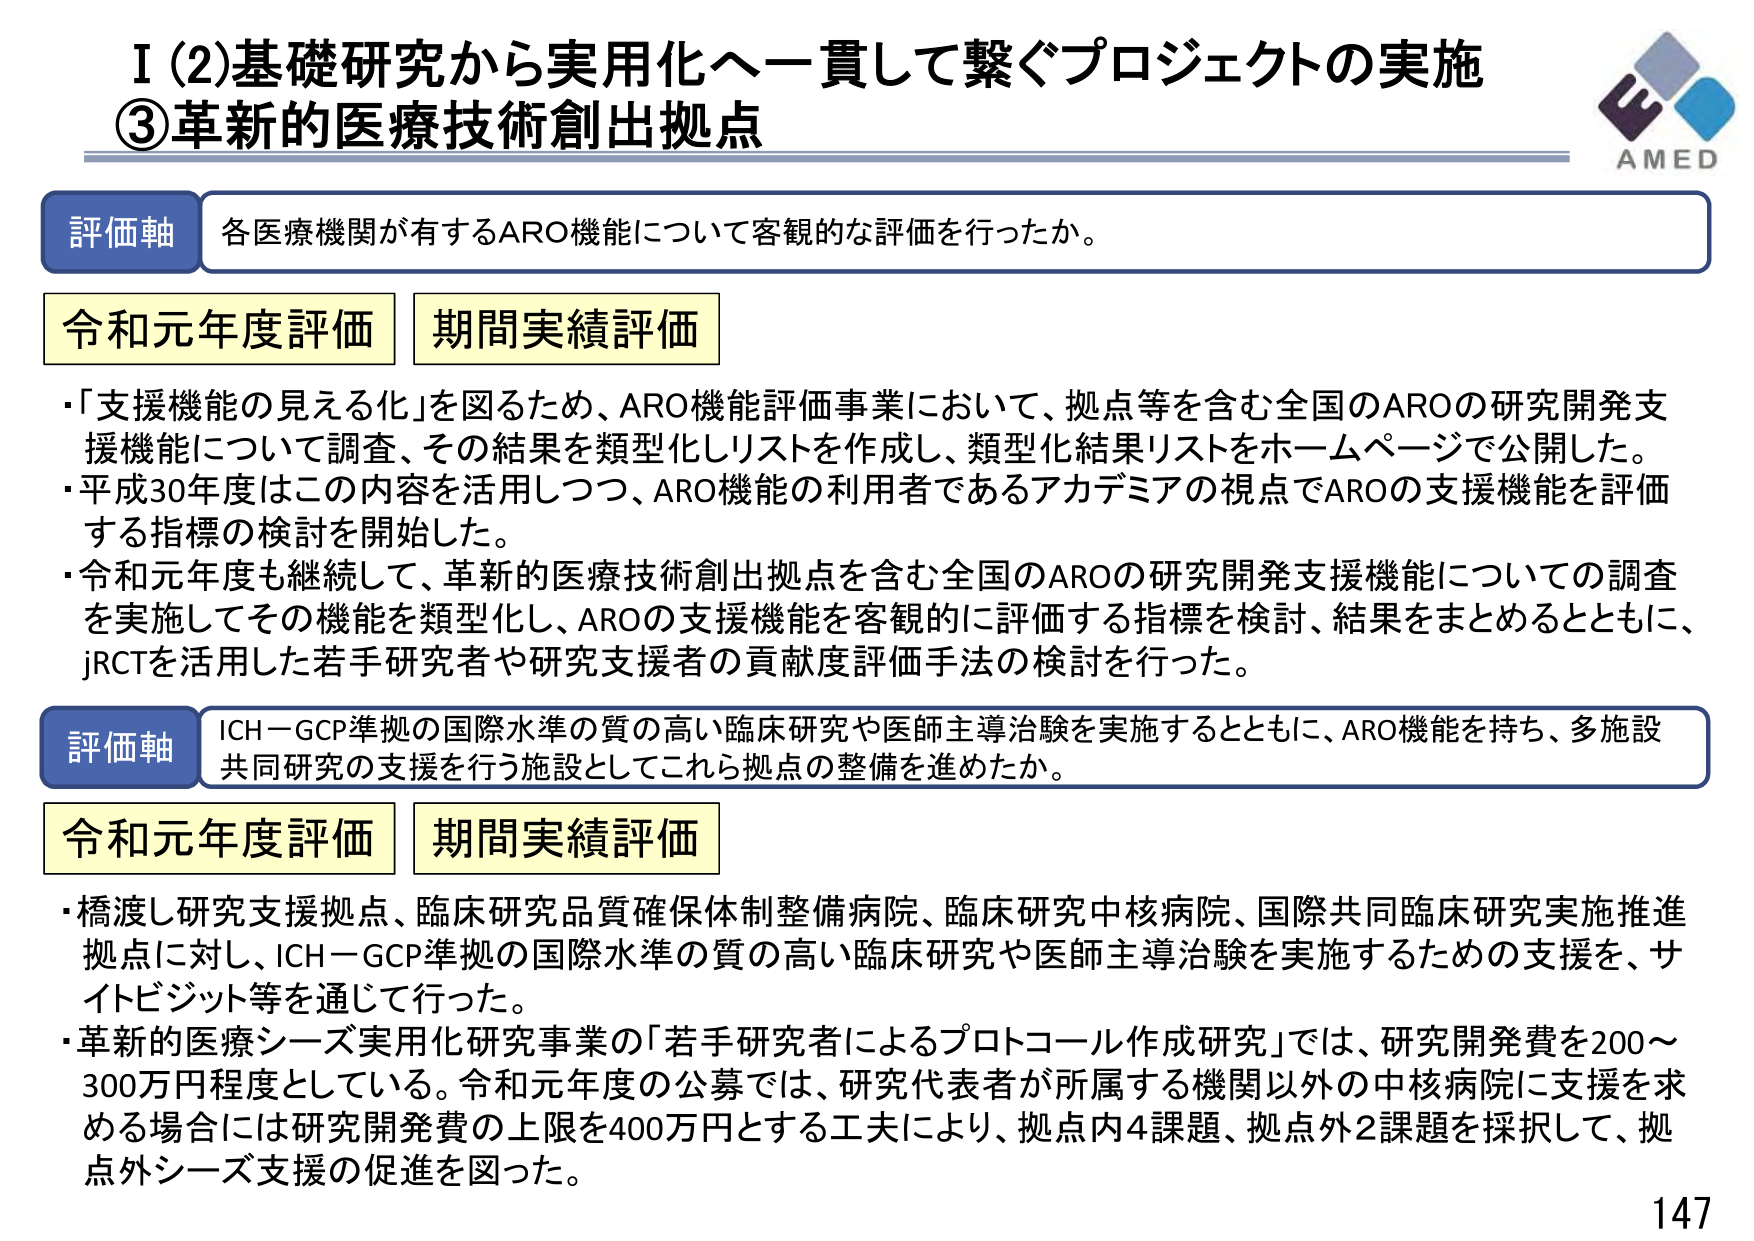
I (2) 基礎研究から実用化へ一貫して繋ぐプロジェクトの実施
③ 革新的医療技術創出拠点

評価軸 各医療機関が有するARO機能について客観的な評価を行ったか。

令和元年度評価 期間実績評価
・「支援機能の見える化」を図るため、ARO機能評価事業において、拠点等を含む全国のAROの研究開発支援機能について調査、その結果を類型化しリストを作成し、類型化結果リストをホームページで公開した。
・平成30年度はこの内容を活用しつつ、ARO機能の利用者であるアカデミアの視点でAROの支援機能を評価する指標の検討を開始した。
・令和元年度も継続して、革新的医療技術創出拠点を含む全国のAROの研究開発支援機能についての調査を実施してその機能を類型化し、AROの支援機能を客観的に評価する指標を検討、結果をまとめるとともに、jRCTを活用した若手研究者や研究支援者の貢献度評価手法の検討を行った。

評価軸 ICH－GCP準拠の国際水準の質の高い臨床研究や医師主導治験を実施するとともに、ARO機能を持ち、多施設共同研究の支援を行う施設としてこれら拠点の整備を進めたか。

令和元年度評価 期間実績評価
・橋渡し研究支援拠点、臨床研究品質確保体制整備病院、臨床研究中核病院、国際共同臨床研究実施推進拠点に対し、ICH－GCP準拠の国際水準の質の高い臨床研究や医師主導治験を実施するための支援を、サイトビジット等を通じて行った。
・革新的医療シーズ実用化研究事業の「若手研究者によるプロトコール作成研究」では、研究開発費を200～300万円程度としている。令和元年度の公募では、研究代表者が所属する機関以外の中核病院に支援を求める場合には研究開発費の上限を400万円とする工夫により、拠点内4課題、拠点外2課題を採択して、拠点外シーズ支援の促進を図った。

AMED
147